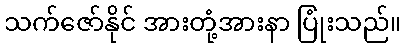
သက်ဇော်နိုင် အားတုံ့အားနာ ပြုံးသည်။